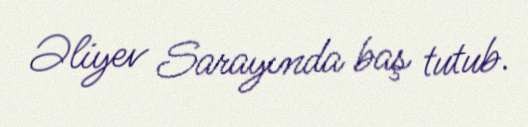
Əliyev Sarayında baş tutub.